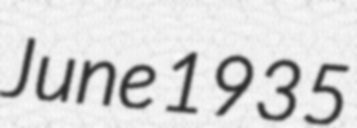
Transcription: June 1935